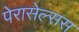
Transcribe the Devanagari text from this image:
पेरासेल्सस